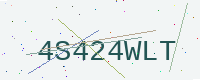
Text: 4S424WLT